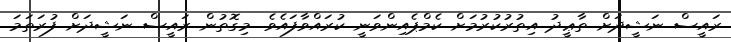
ރައީސް ނަޝީދަށް ތާޢީދު އިތުރުކުރުމަށް ކެމްޕެއިންވަނީ ކުރައްވާފައެވެ. މިގޮތުން ރައީސް ނަޝީދަށް ފުރަތަމަ